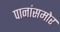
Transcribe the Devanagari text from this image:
पानांसमोर